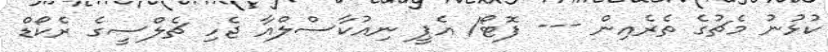
ކުޅުނު މެޗުގެ ތެރެއިން --- ފޮޓޯ/ އެޕީ ނިއުކާސްލްއާ ޖެހި ޗެލްސީގެ ރެކޯޑް